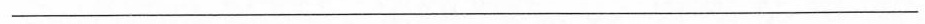
___